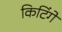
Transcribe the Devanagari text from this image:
किटिंगे